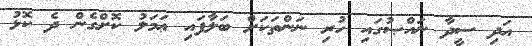
އަދި ސީދާ ނައްޞުގައި ހުރި ނަންތަކަށް ބަލާފައި ޢަމަލު ކޮށްގެން ދެ ކޮޅު